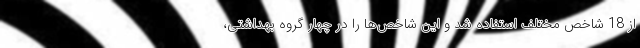
از 18 شاخص مختلف استفاده شد و این شاخص‌ها را در چهار گروه بهداشتی،